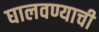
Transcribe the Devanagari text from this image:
घालवण्याची